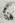
Text: 6